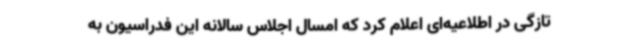
تازگی در اطلاعیه‌ای اعلام کرد که امسال اجلاس سالانه این فدراسیون به